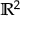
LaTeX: \textstyle \mathbb { R } ^ { 2 }